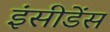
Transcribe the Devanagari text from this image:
इंसीडेंस